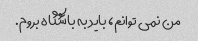
من نمی توانم، باید به باشگاه بروم.